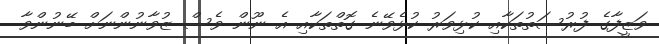
ވަޒީފާގެ ފުރުސަތުތަކާއި ކުޅިވަރު ކުޅެވޭނެ ގޮތްތަކާއި އެ ނޫން ވެސް ޒުވާނުންނަށް ބޭނުންވާ